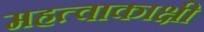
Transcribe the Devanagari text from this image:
महत्वाकाक्षी